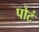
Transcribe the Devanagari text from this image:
पोटं